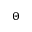
\Theta